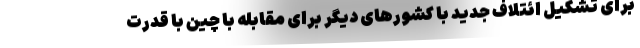
برای تشکیل ائتلاف جدید با کشورهای دیگر برای مقابله با چین با قدرت